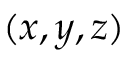
( x , y , z )